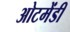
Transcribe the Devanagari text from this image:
ओटमेंडी